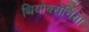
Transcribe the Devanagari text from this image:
थियोक्सेनिया